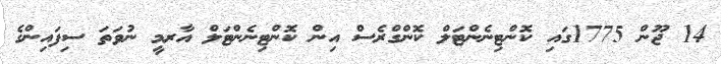
14 ޖޫން 1775ގައި ކޮންޓިނެންޓަލް ކޮންގްރެސް އިން ކޮންޓިނެންޓަލް އާރމީ ނުވަތަ ސިފައިންގެ